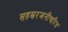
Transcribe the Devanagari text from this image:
सहस्ररजनीचरित्र